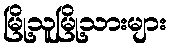
မြို့သူမြို့သားများ